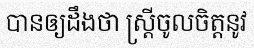
បានឲ្យដឹងថា ស្ត្រីចូលចិត្តនូវ